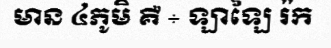
មាន ៤ភូមិ គឺ ÷ ឡាឡៃ រ៉ក